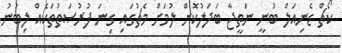
ކޯޗް ޑެނިއަލް ބުނީ ނަތީޖާ ބަދަލުކޮށް ލުމަށް މެޗުގައި ގިނަ ފުރުޞަތުތަކެއް ލިބުނު